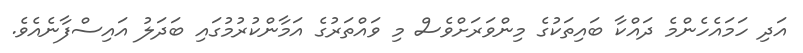
އަދި ހަމައެހެންމެ ދައްކާ ބައިތަކުގެ މިންވަރަށްވެސް މި ވައްތަރުގެ އަމާންކުރުމުގައި ބަދަލު އައިސްފާނެއެވެ.